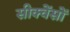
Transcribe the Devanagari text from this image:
सीक्वेंसों